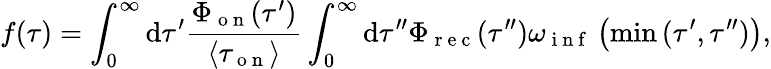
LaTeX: f(\tau)=\int_{0}^{\infty}\mathrm{d}\tau^{\prime}\frac{{\Phi_{\mathrm{{~o~n~}}}(\tau^{\prime})}}{{\langle\tau_{\mathrm{{~o~n~}}}\rangle}}\int_{0}^{\infty}\mathrm{d}\tau^{\prime\prime}\Phi_{\mathrm{{~r~e~c~}}}(\tau^{\prime\prime})\omega_{\mathrm{{~i~n~f~}}}\left(\operatorname*{min}{(\tau^{\prime},\tau^{\prime\prime})}\right),